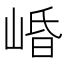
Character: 崏